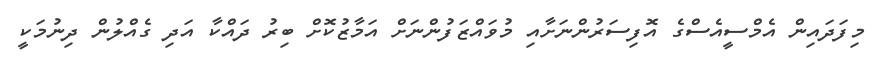
މިފަދައިން އެމްސީއެސްގެ އޮފިސަރުންނަށާއި މުވައްޒަފުންނަށް އަމާޒުކޮށް ބިރު ދައްކާ އަދި ގެއްލުން ދިނުމަކީ